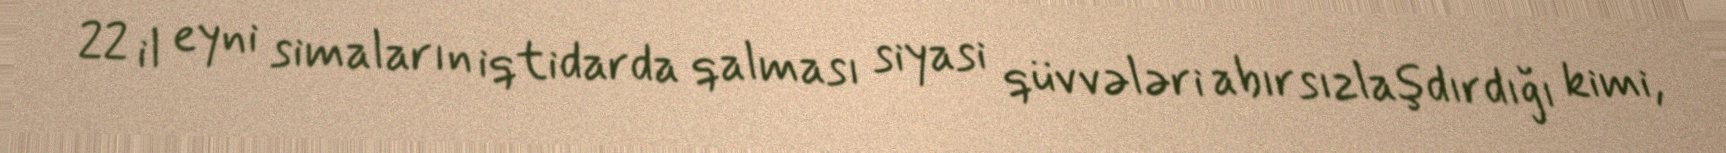
22 il eyni simaların iqtidarda qalması siyasi qüvvələri abırsızlaşdırdığı kimi,